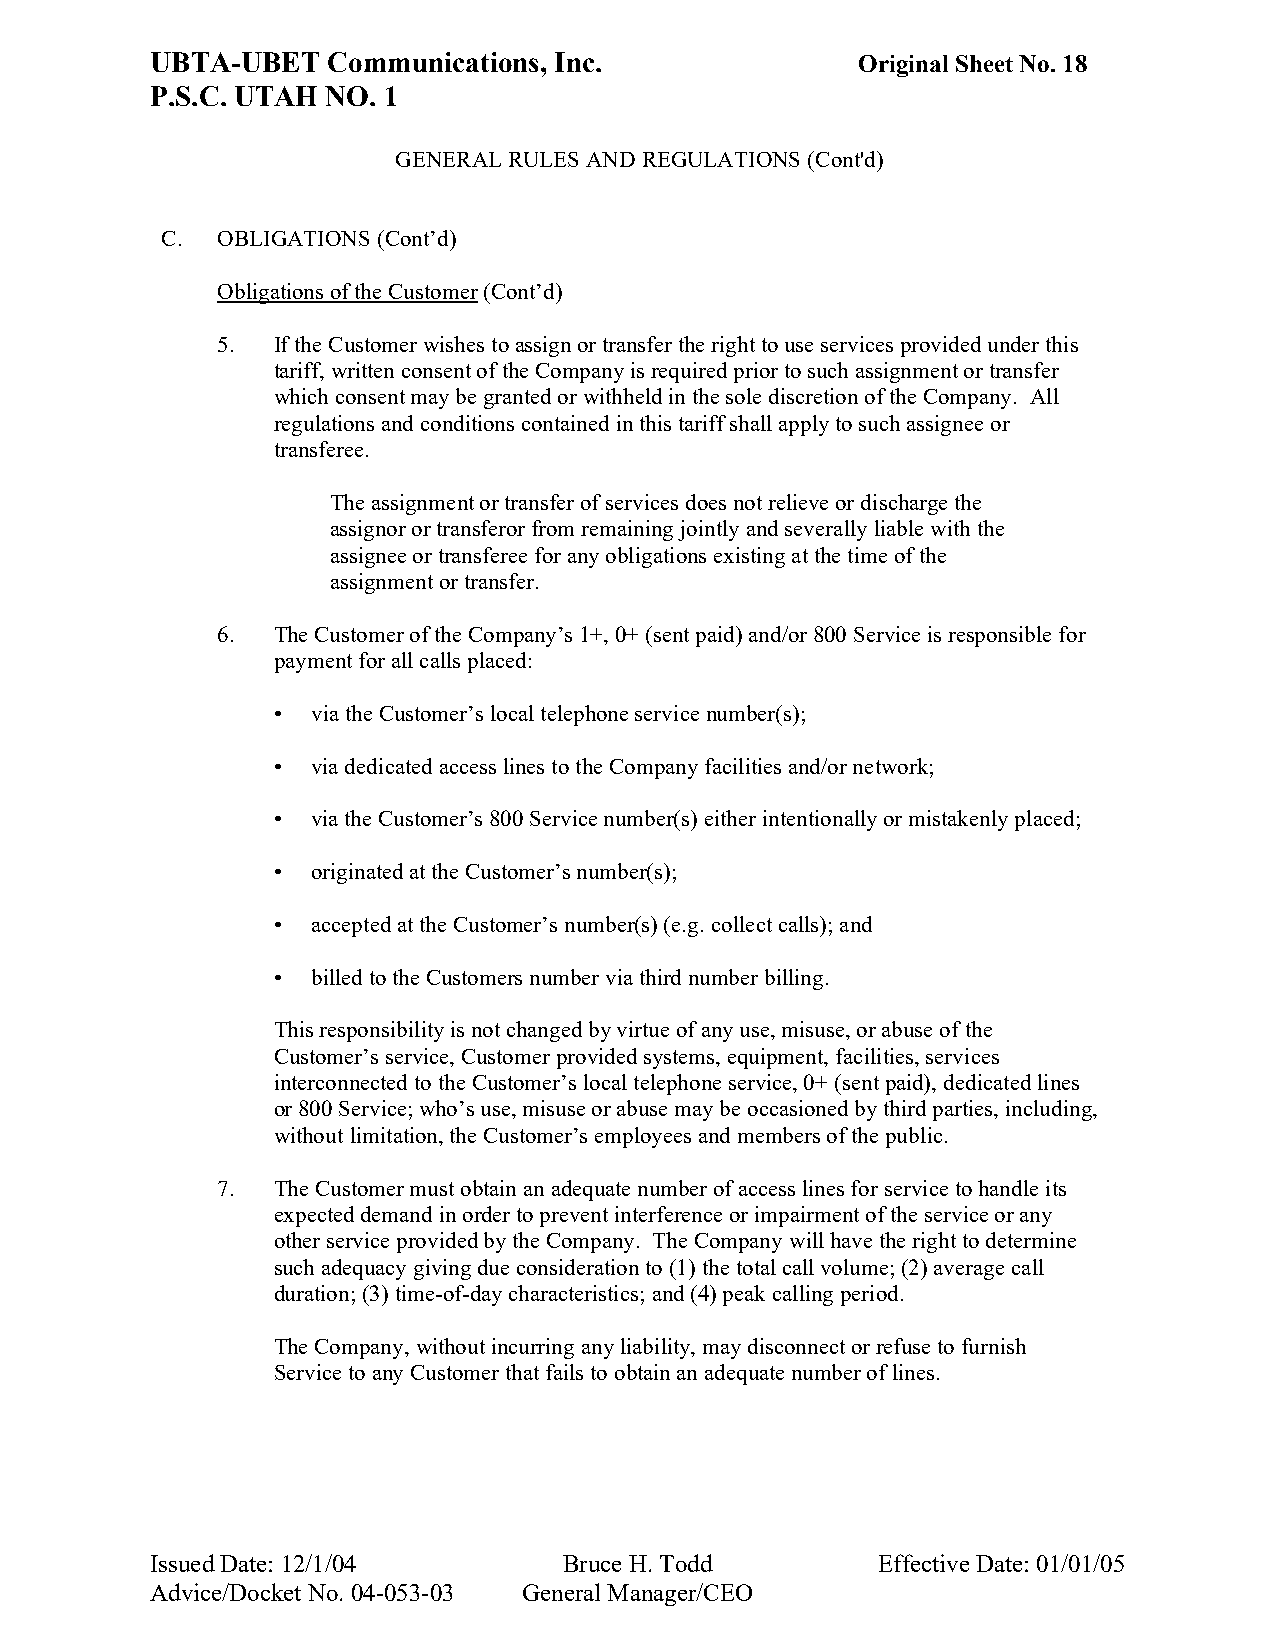
UBTA-UBET   Communications, Inc.               Original Sheet No. 18
 P.S.C. UTAH NO. 1
 GENERAL RULES AND REGULATIONS (Cont'd)
 C. OBLIGATIONS (Cont’d)
 Obligations of the Customer (Cont’d)
 5.  If the Customer wishes to assign or transfer the right to use services provided under this
 tariff, written consent of the Company is required prior to such assignment or transfer
 which consent may be granted or withheld in the sole discretion of the Company. All
 regulations and conditions contained in this tariff shall apply to such assignee or
 transferee.
 The assignment or transfer of services does not relieve or discharge the
 assignor or transferor from remaining jointly and severally liable with the
 assignee or transferee for any obligations existing at the time of the
 assignment or transfer.
 6.  The Customer of the Company’s 1+, 0+ (sent paid) and/or 800 Service is responsible for
 payment for all calls placed:
 •  via the Customer’s local telephone service number(s);
 •  via dedicated access lines to the Company facilities and/or network;
 •  via the Customer’s 800 Service number(s) either intentionally or mistakenly placed;
 •  originated at the Customer’s number(s);
 •  accepted at the Customer’s number(s) (e.g. collect calls); and
 •  billed to the Customers number via third number billing.
 This responsibility is not changed by virtue of any use, misuse, or abuse of the
 Customer’s service, Customer provided systems, equipment, facilities, services
 interconnected to the Customer’s local telephone service, 0+ (sent paid), dedicated lines
 or 800 Service; who’s use, misuse or abuse may be occasioned by third parties, including,
 without limitation, the Customer’s employees and members of the public.
 7.  The Customer must obtain an adequate number of access lines for service to handle its
 expected demand in order to prevent interference or impairment of the service or any
 other service provided by the Company. The Company will have the right to determine
 such adequacy giving due consideration to (1) the total call volume; (2) average call
 duration; (3) time-of-day characteristics; and (4) peak calling period.
 The Company, without incurring any liability, may disconnect or refuse to furnish
 Service to any Customer that fails to obtain an adequate number of lines.
 Issued Date: 12/1/04       Bruce H. Todd        Effective Date: 01/01/05
 Advice/Docket No. 04-053-03 General Manager/CEO